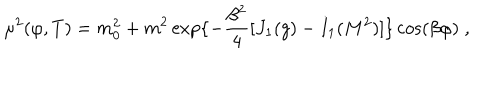
\mu ^ { 2 } ( \varphi , T ) = m _ { 0 } ^ { 2 } + m ^ { 2 } \exp \{ - { \frac { \beta ^ { 2 } } { 4 } } [ J _ { 1 } ( g ) - I _ { 1 } ( M ^ { 2 } ) ] \} \cos ( \beta \varphi ) \; ,